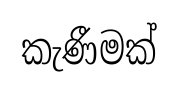
කැණීමක්